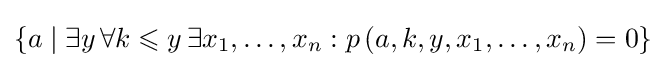
\left\{a\mid \exists y\,\forall k\leqslant y\,\exists x_{1},\ldots ,x_{n}:p\left(a,k,y,x_{1},\ldots ,x_{n}\right)=0\right\}